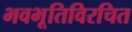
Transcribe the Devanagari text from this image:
भवभूतिविरचित